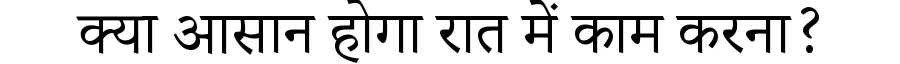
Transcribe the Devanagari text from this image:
क्या आसान होगा रात में काम करना?